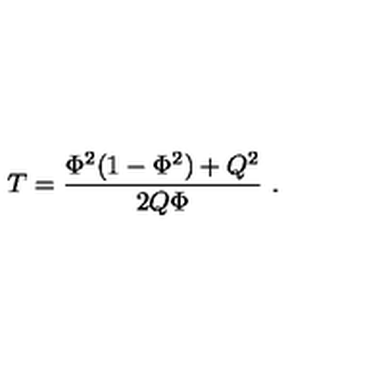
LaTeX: T = { \frac { \Phi ^ { 2 } ( 1 - \Phi ^ { 2 } ) + Q ^ { 2 } } { 2 Q \Phi } } \ .